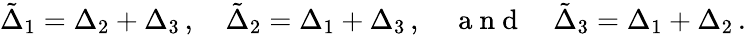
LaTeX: \begin{array}{r}{\tilde{\Delta}_{1}=\Delta_{2}+\Delta_{3}\, ,\quad\tilde{\Delta}_{2}=\Delta_{1}+\Delta_{3}\, ,\quad\mathrm{~a~n~d~}\quad\tilde{\Delta}_{3}=\Delta_{1}+\Delta_{2}\, .}\end{array}